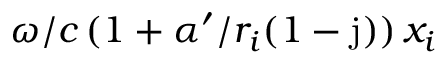
\omega / c \, ( 1 + \alpha ^ { \prime } / r _ { i } ( 1 - \mathrm { j } ) ) \, x _ { i }